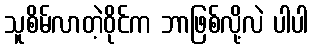
သူစိမ်လာတဲ့ဝိုင်က ဘာဖြစ်လို့လဲ ပါပါ